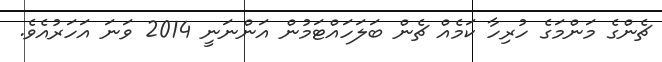
ޗެންގެ މަންމަގެ ހުރިހާ ކަމެއް ޗެން ބަލަހައްޓަމުން އަންނަނީ 2014 ވަނަ އަހަރުއެވެ.